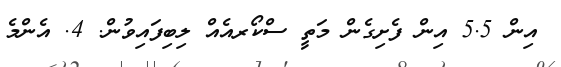
އިން 5.5 އިން ފެށިގެން މަތީ ސްކޯރއެއް ލިބިފައިވުން. 4. އެންމެ